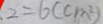
2 = 6 ( c m ^ { 2 } )